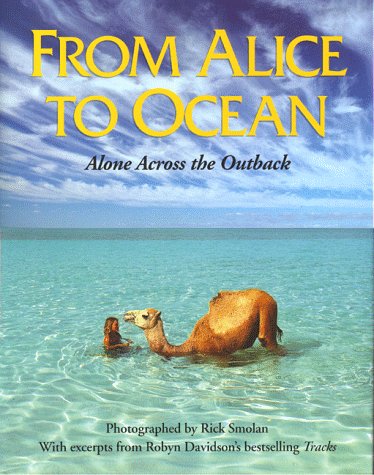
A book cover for From Alice to Ocean: Alone Across the Outback; Robyn Davidson; Travel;